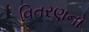
વિતરણનો